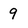
Character: 9